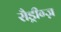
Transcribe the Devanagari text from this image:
रौड्रीग्ज़